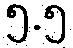
၅.၅